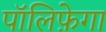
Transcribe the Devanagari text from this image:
पॉलिफ़ेगा